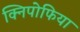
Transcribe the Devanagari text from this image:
क्निपोफिया